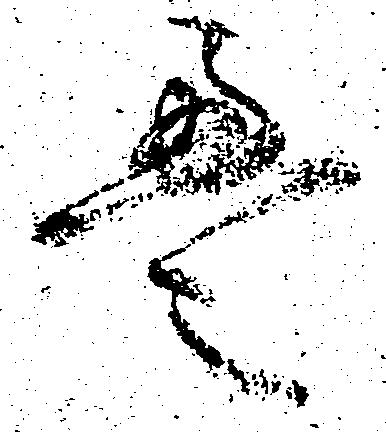
畳